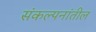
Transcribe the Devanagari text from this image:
संकल्पनांतील